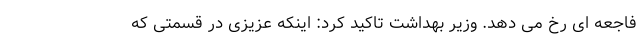
فاجعه ای رخ می دهد. وزیر بهداشت تاکید کرد: اینکه عزیزی در قسمتی که